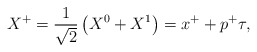
\begin{align*}X^+ = \frac{1}{\sqrt{2}}\left( X^0 + X^{1}\right) = x^+ + p^+\tau ,\end{align*}